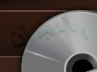
بالمجان